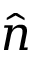
\hat { n }